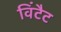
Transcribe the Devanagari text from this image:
विंटैट